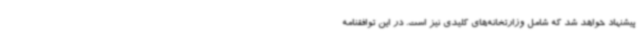
پیشنهاد خواهد شد که شامل وزارتخانه‌های کلیدی نیز است. در این توافقنامه